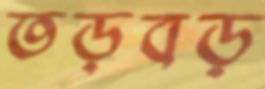
তড়বড়